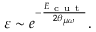
\varepsilon \sim e ^ { - \frac { E _ { \mathrm { ~ c ~ u ~ t ~ } } } { 2 \theta _ { \mu \omega } } } .